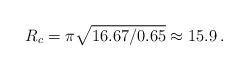
LaTeX: \begin{align*} R_c=\pi \sqrt{16.67/0.65} \approx 15.9 \, . \end{align*}